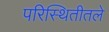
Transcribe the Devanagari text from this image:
परिस्थितीतले